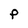
Character: P